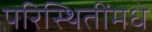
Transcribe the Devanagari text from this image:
परिस्थितींमधे